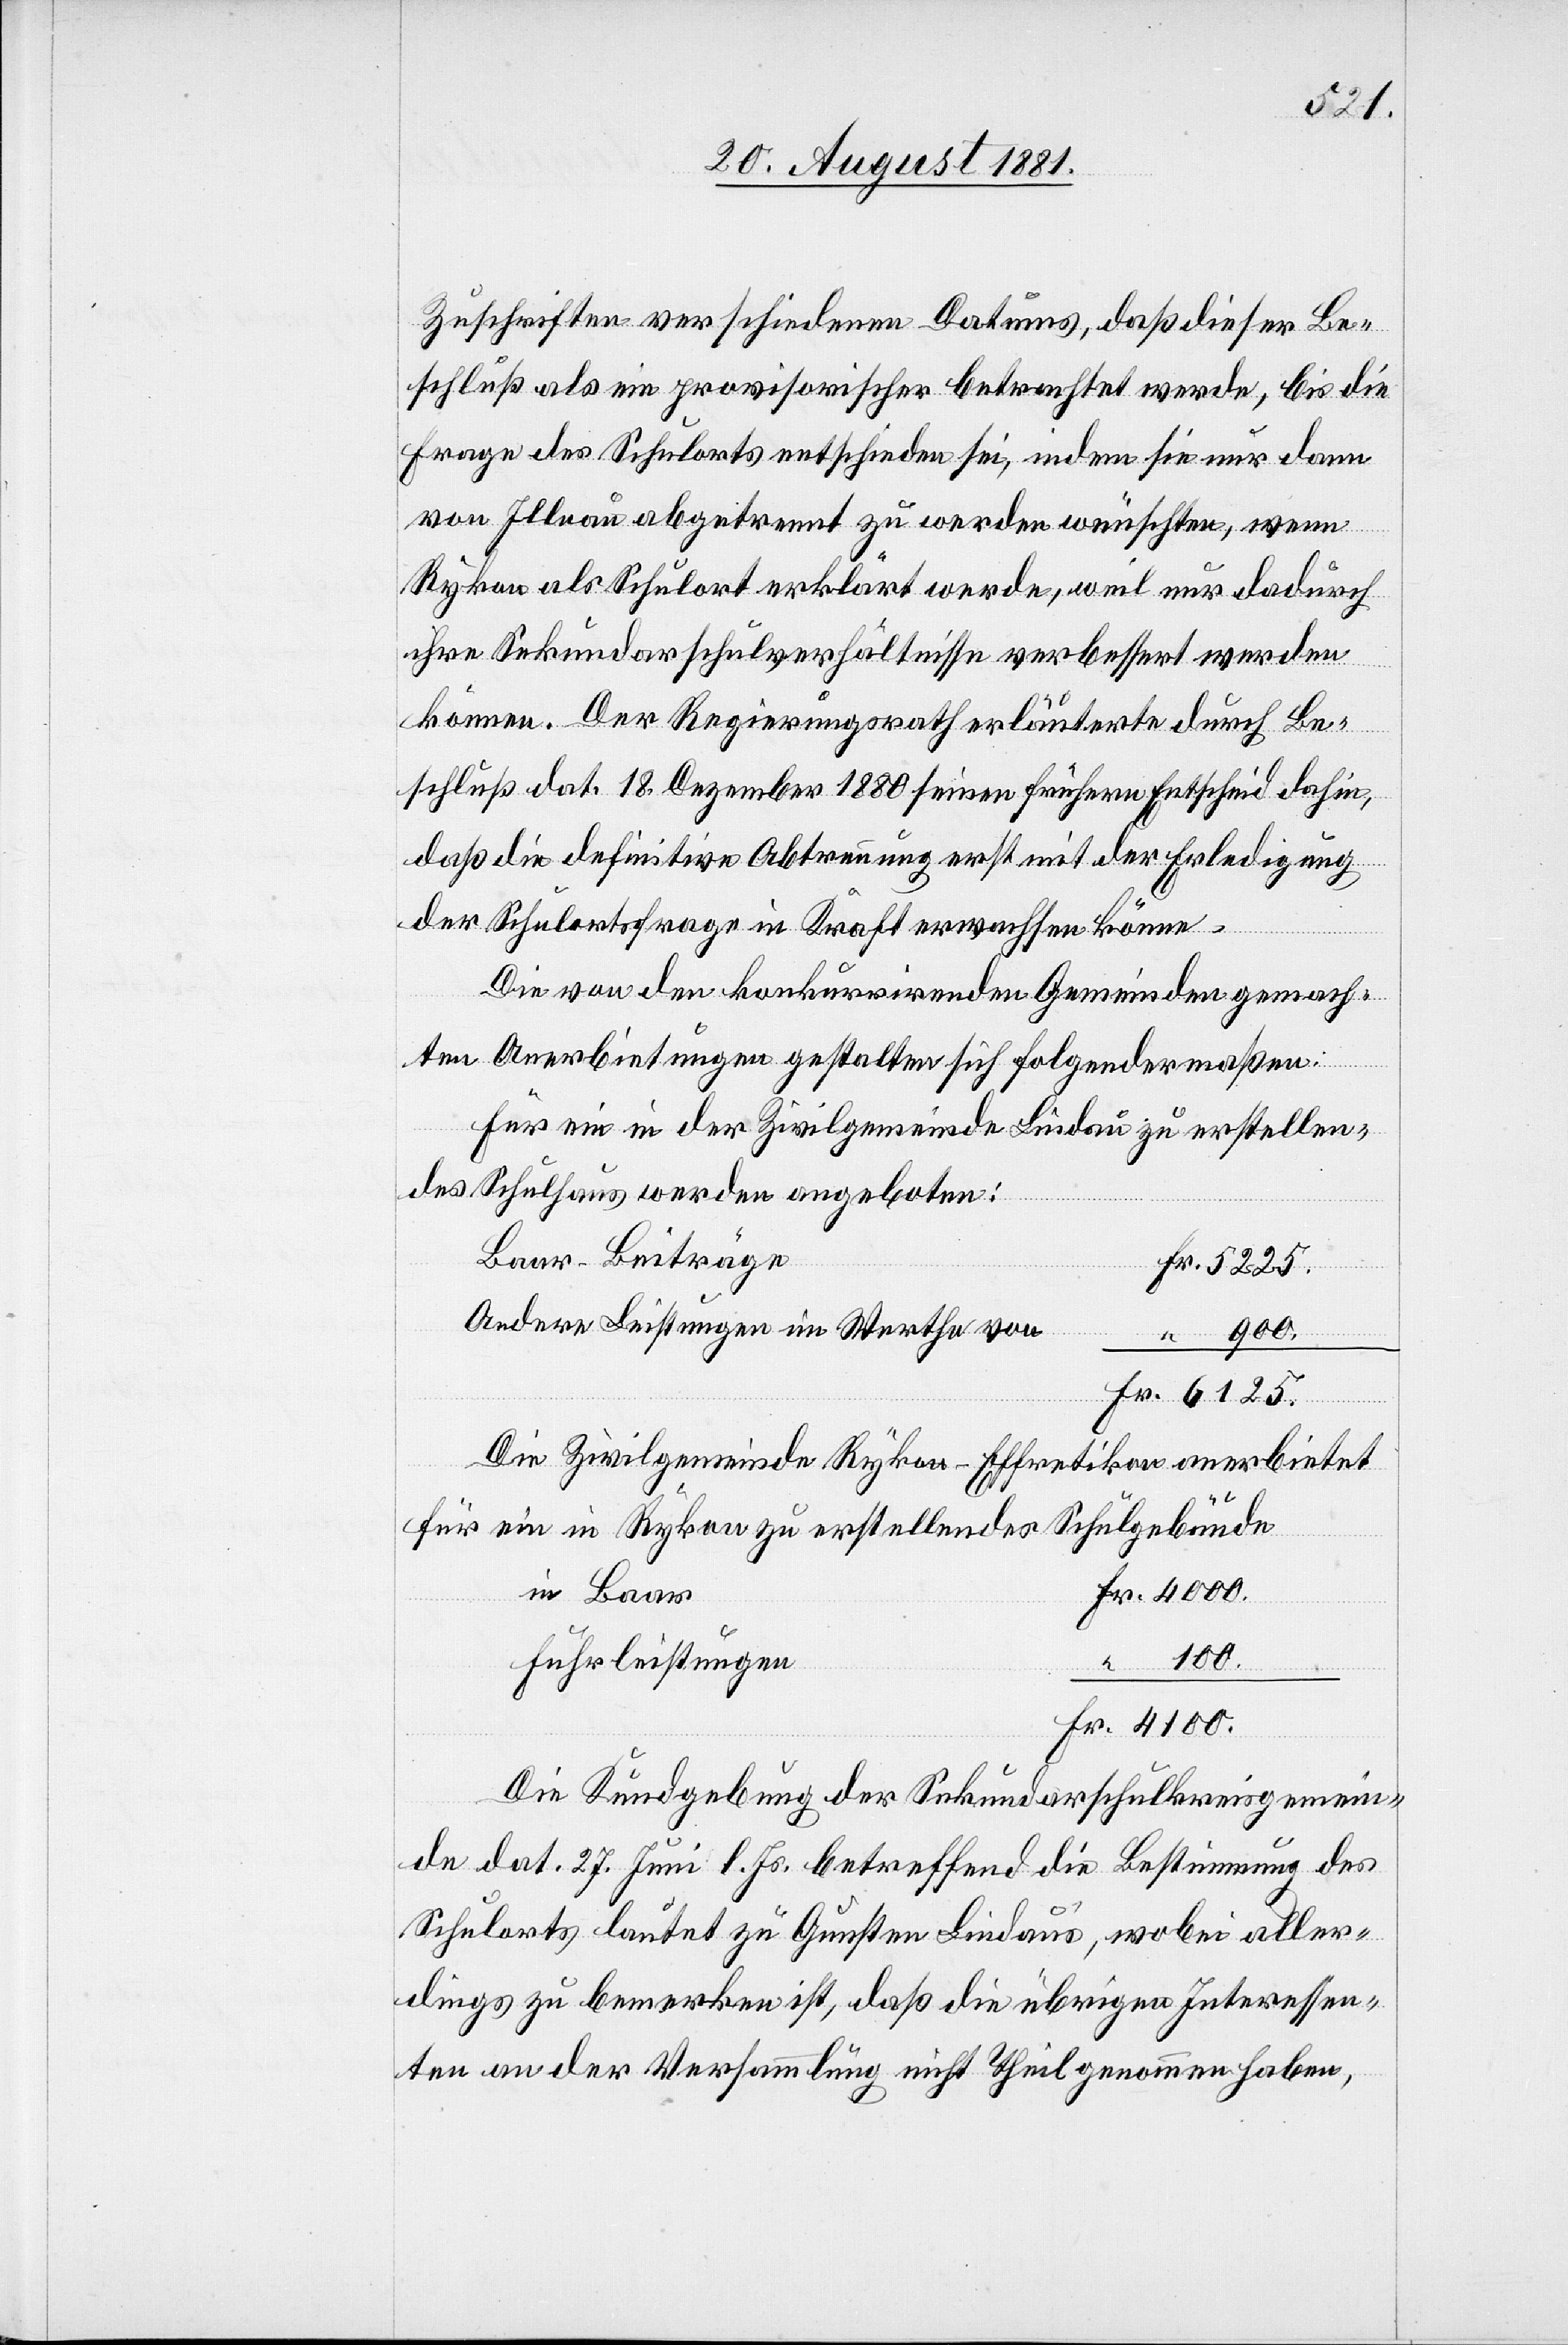
Fr.
Zuschriften verschiedenen Datums, daß dieser Be¬
schluß als ein provisorischer betrachtet werde, bis die
Frage des Schulorts entschieden sei, indem sie nur dann
von Illnau abgetrennt zu werden wünschten, wenn
Rykon als Schulort erklärt werde, weil nur dadurch
ihre Sekundarschulverhältnisse verbessert werden
können. Der Regierungsrath erläuterte durch Be¬
schluß dat. 18. Dezember 1880 seinen frühern Entscheid dahin,
daß die definitive Abtrennung erst mit der Erledigung
der Schulortfrage in Kraft erwachsen könne.
Die von den konkurrirenden Gemeinden gemach¬
ten Anerbietungen gestalten sich folgendermaßen:
Für ein in der Zivilgemeinde Lindau zu erstellen¬
des Schulhaus werden angeboten:
Baar-Beiträge
Andere Leistungen im Werthe von
Die Zivilgemeinde Rykon – Effretikon anerbietet
6125.
für ein in Rykon zu erstellendes Schulgebäude
in Baar
Fuhrleistungen
4100.
Die Kundgebung der Sekundarschulkreisgemein¬
de dat. 27. Juni l. Js. betreffend die Bestimmung des
Schulorts lautet zu Gunsten Lindau, wobei aller¬
dings zu bemerken ist, daß die übrigen Interessen¬
ten an der Versammlung nicht Theil genommen haben,